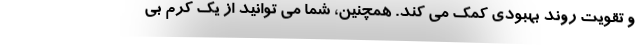
و تقویت روند بهبودی کمک می کند. همچنین، شما می توانید از یک کرم بی